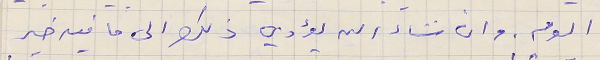
اليوم. وان نشاء الله يؤدي ذلك الى ما فيه خير